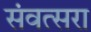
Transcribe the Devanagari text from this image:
संवत्सरा